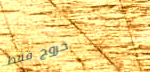
خروج فقط